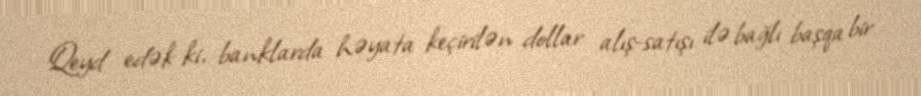
Qeyd edək ki, banklarda həyata keçirilən dollar alış-satışı ilə bağlı başqa bir